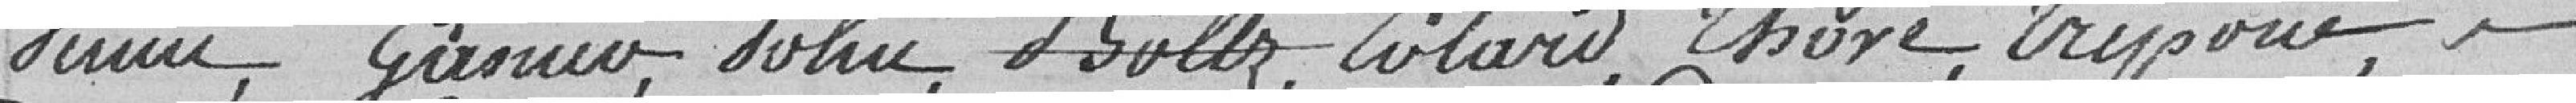
VERRIN, GIRSWO, SOHIN, BOLES, COLARD, THORE, TRIPONE,